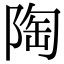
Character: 陶